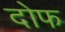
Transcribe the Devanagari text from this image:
दोफ